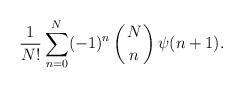
LaTeX: \begin{align*}{1\over N!}\sum_{n=0}^N (-1)^n \left ( N \atop n \right ) \psi(n+1).\end{align*}